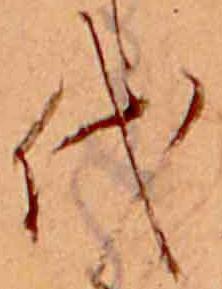
代